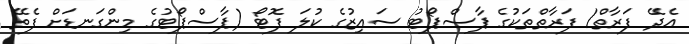
އެދޭ ފަރާތް/ ފަރާތްތަކުގެ ޕާސްޕޯޓު ސައިޒުގެ ކުލަ ފޮޓޯ (ޕާސްޕޯޓުގެ މިންގަނޑަށް ފެތޭ